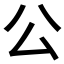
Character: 公